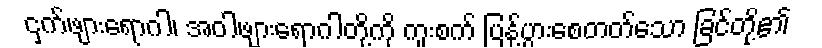
ငှက်ဖျားရောဂါ၊ အဝါဖျားရောဂါတို့ကို ကူးစက် ပြန့်ပွားစေတတ်သော ခြင်တို့၏